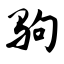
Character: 驹